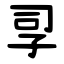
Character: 孠